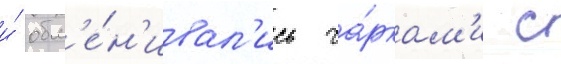
и́ обм'е́н'ивал'ись ча́ркам'и с